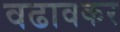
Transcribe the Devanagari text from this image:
वढावकर